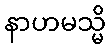
နာဟမသ္မိ